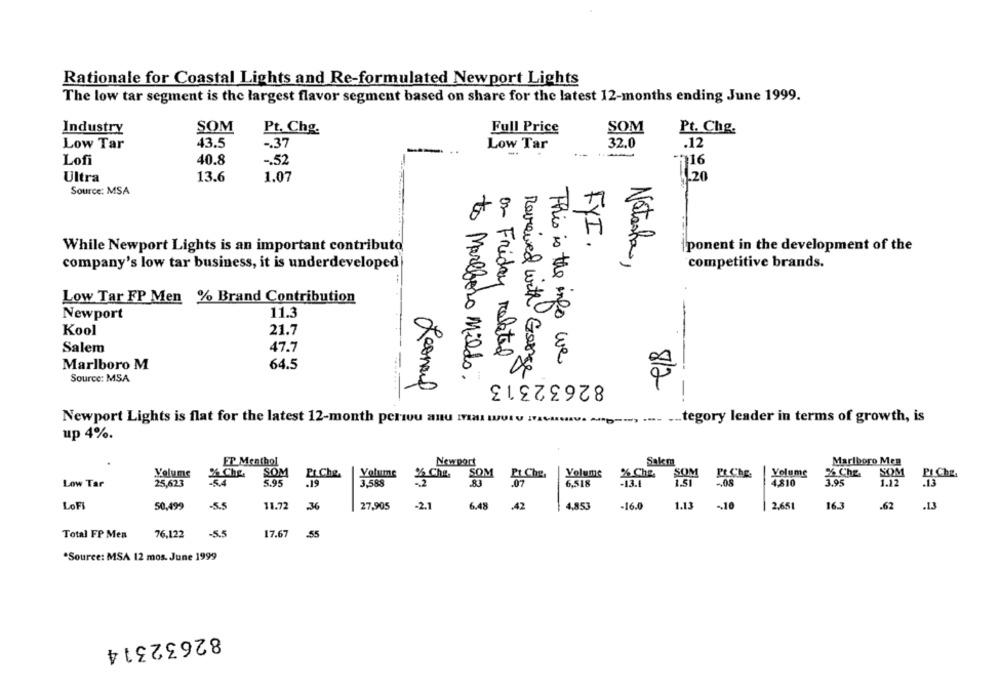
Rationale for Coastal Lights and Re-formulated Newport Lights
The low tar segment is the largest flavor segment based on share for the latest 12-months ending June 1999.
Industry
SOM
Pt. Chg.
Full Price
SOM
Pt. Chg.
Low Tar
43.5
-. 37
32.0
.12
Low Tar
----
Lofi
40.8
-. 52
Ultra
13.6
1.07
20
Source: MSA
FYI .
While Newport Lights is an important contributo
ponent in the development of the
Natasha,
company's low tar business, it is underdeveloped|
competitive brands.
Low Tar FP Men % Brand Contribution
Newport
11.3
Kool
21.7
Salem
47.7
on Friday related
Marlboro M
64.5
This is the info we
Reviewved with George
Source: MSA
to Marlboro Milds.
82632313
8/2
Leonauf
Newport Lights is flat for the latest 12-month peru anu IYIMI WULU IVAVAMV.
_. tegory leader in terms of growth, is
up 4%.
ET Menthol
Newport
Sakm
Marlboro Meg
SOM
Volume
26 Che.
SOM
Pr Che
Volume
% Che
SOM
Pt Che,
Volume
% Che.
SOM
Pt Chf
Volume
% Che.
PI Che.
Low Tar
25,623
5.95
.19
3.588
2
83
.07
6,518
-13.1
1.51
-. 08
4810
3.95
1.12
.13
LoFI
.36
27,905
-2.1
-16.0
1.13
16.3
.62
50,499
-5.5
11.72
6.48
.42
4,853
2,651
.13
Total FP Men
76,122
17.67
55
*Source: MSA 12 mos. June 1999
82632314